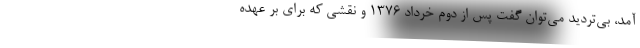
آمد، بی‌تردید می‌توان گفت پس از دوم خرداد 1376 و نقشی که برای بر عهده